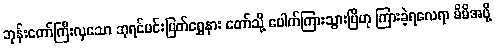
ဘုန်းတော်ကြီးလှသော ဘုရင်မင်းမြတ်ရွှေနား တော်သို့ ပေါက်ကြားသွားပြီဟု ကြားခဲ့ရလေရာ မိမိအဖို့